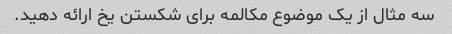
سه مثال از یک موضوع مکالمه برای شکستن یخ ارائه دهید.